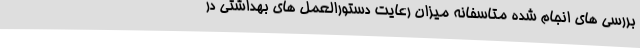
بررسی های انجام شده متاسفانه میزان رعایت دستورالعمل های بهداشتی در